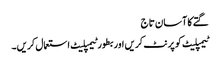
گتے کا آسان تاج
ٹیمپلیٹ کو پرنٹ کریں اور بطور ٹیمپلیٹ استعمال کریں۔